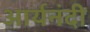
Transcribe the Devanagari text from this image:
आर्यनंदी